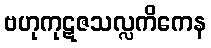
ဗဟုကုဋဇသလ္လကိကေန